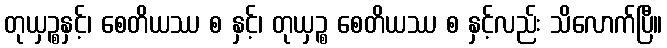
တုယှဉ္စနှင့်၊ စေတိယဿ စ နှင့်၊ တုယှဉ္စ စေတိယဿ စ နှင့်လည်း သိလောက်ပြီ။